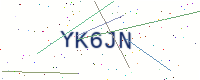
Text: YK6JN